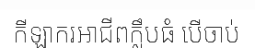
កីឡាករអាជីពក្លឹបធំ បើចាប់